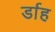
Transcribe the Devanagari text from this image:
र्डाह